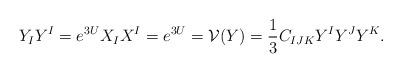
LaTeX: \begin{align*}Y_IY^I=e^{3U}X_IX^I=e^{3U}=\mathcal{V}(Y)=\frac13C_{IJK}Y^IY^JY^K.\end{align*}